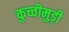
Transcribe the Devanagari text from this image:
कुच्चीमुड़ी